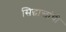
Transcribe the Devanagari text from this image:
सिद्धान्तांची